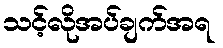
သင့်လိုအပ်ချက်အရ